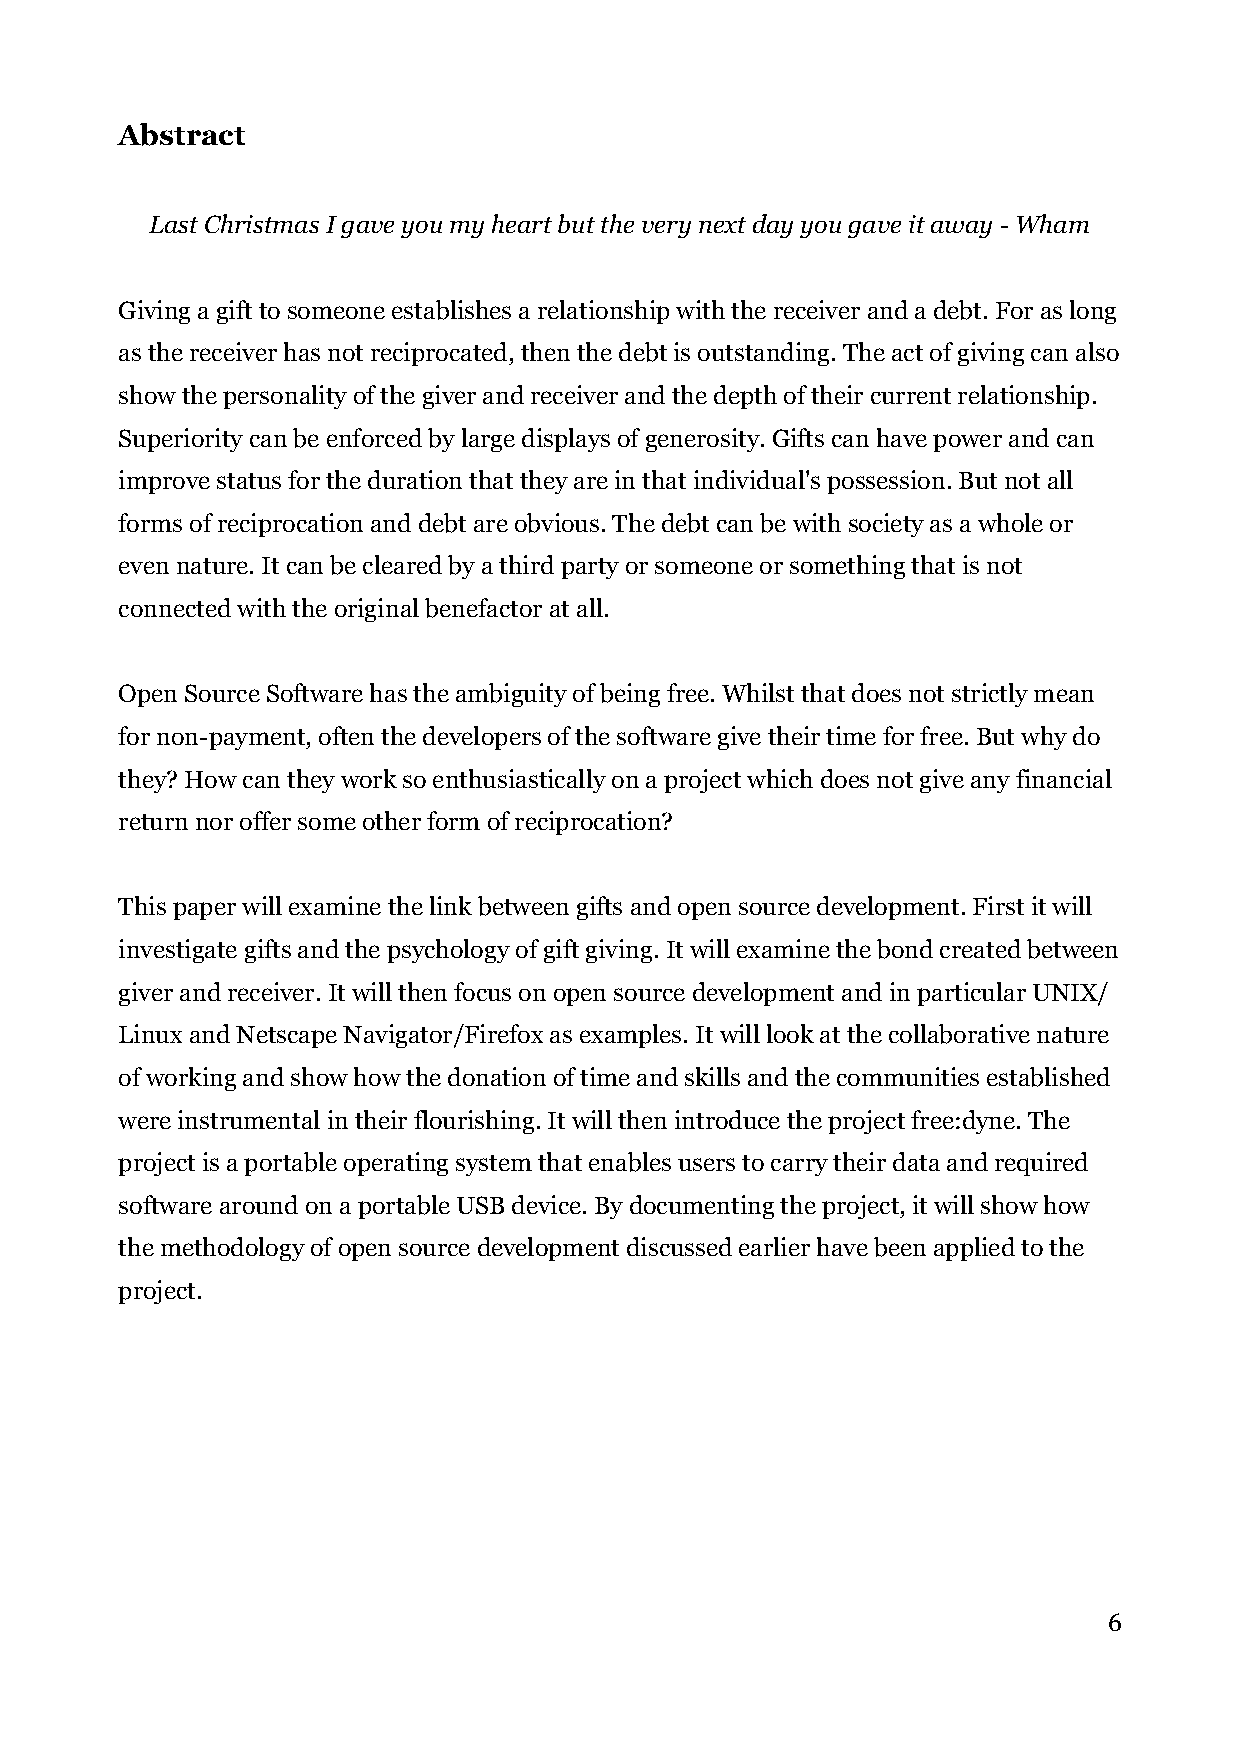
Abstract
 Last Christmas I gave you my heart but the very next day you gave it away - Wham
 Giving a gift to someone establishes a relationship with the receiver and a debt. For as long
 as the receiver has not reciprocated, then the debt is outstanding. The act of giving can also
 show the personality of the giver and receiver and the depth of their current relationship.
 Superiority can be enforced by large displays of generosity. Gifts can have power and can
 improve status for the duration that they are in that individual's possession. But not all
 forms of reciprocation and debt are obvious. The debt can be with society as a whole or
 even nature. It can be cleared by a third party or someone or something that is not
 connected with the original benefactor at all.
 Open Source Software has the ambiguity of being free. Whilst that does not strictly mean
 for non-payment, often the developers of the software give their time for free. But why do
 they? How can they work so enthusiastically on a project which does not give any financial
 return nor offer some other form of reciprocation?
 This paper will examine the link between gifts and open source development. First it will
 investigate gifts and the psychology of gift giving. It will examine the bond created between
 giver and receiver. It will then focus on open source development and in particular UNIX/
 Linux and Netscape Navigator/Firefox as examples. It will look at the collaborative nature
 of working and show how the donation of time and skills and the communities established
 were instrumental in their flourishing. It will then introduce the project free:dyne. The
 project is a portable operating system that enables users to carry their data and required
 software around on a portable USB device. By documenting the project, it will show how
 the methodology of open source development discussed earlier have been applied to the
 project.
 6